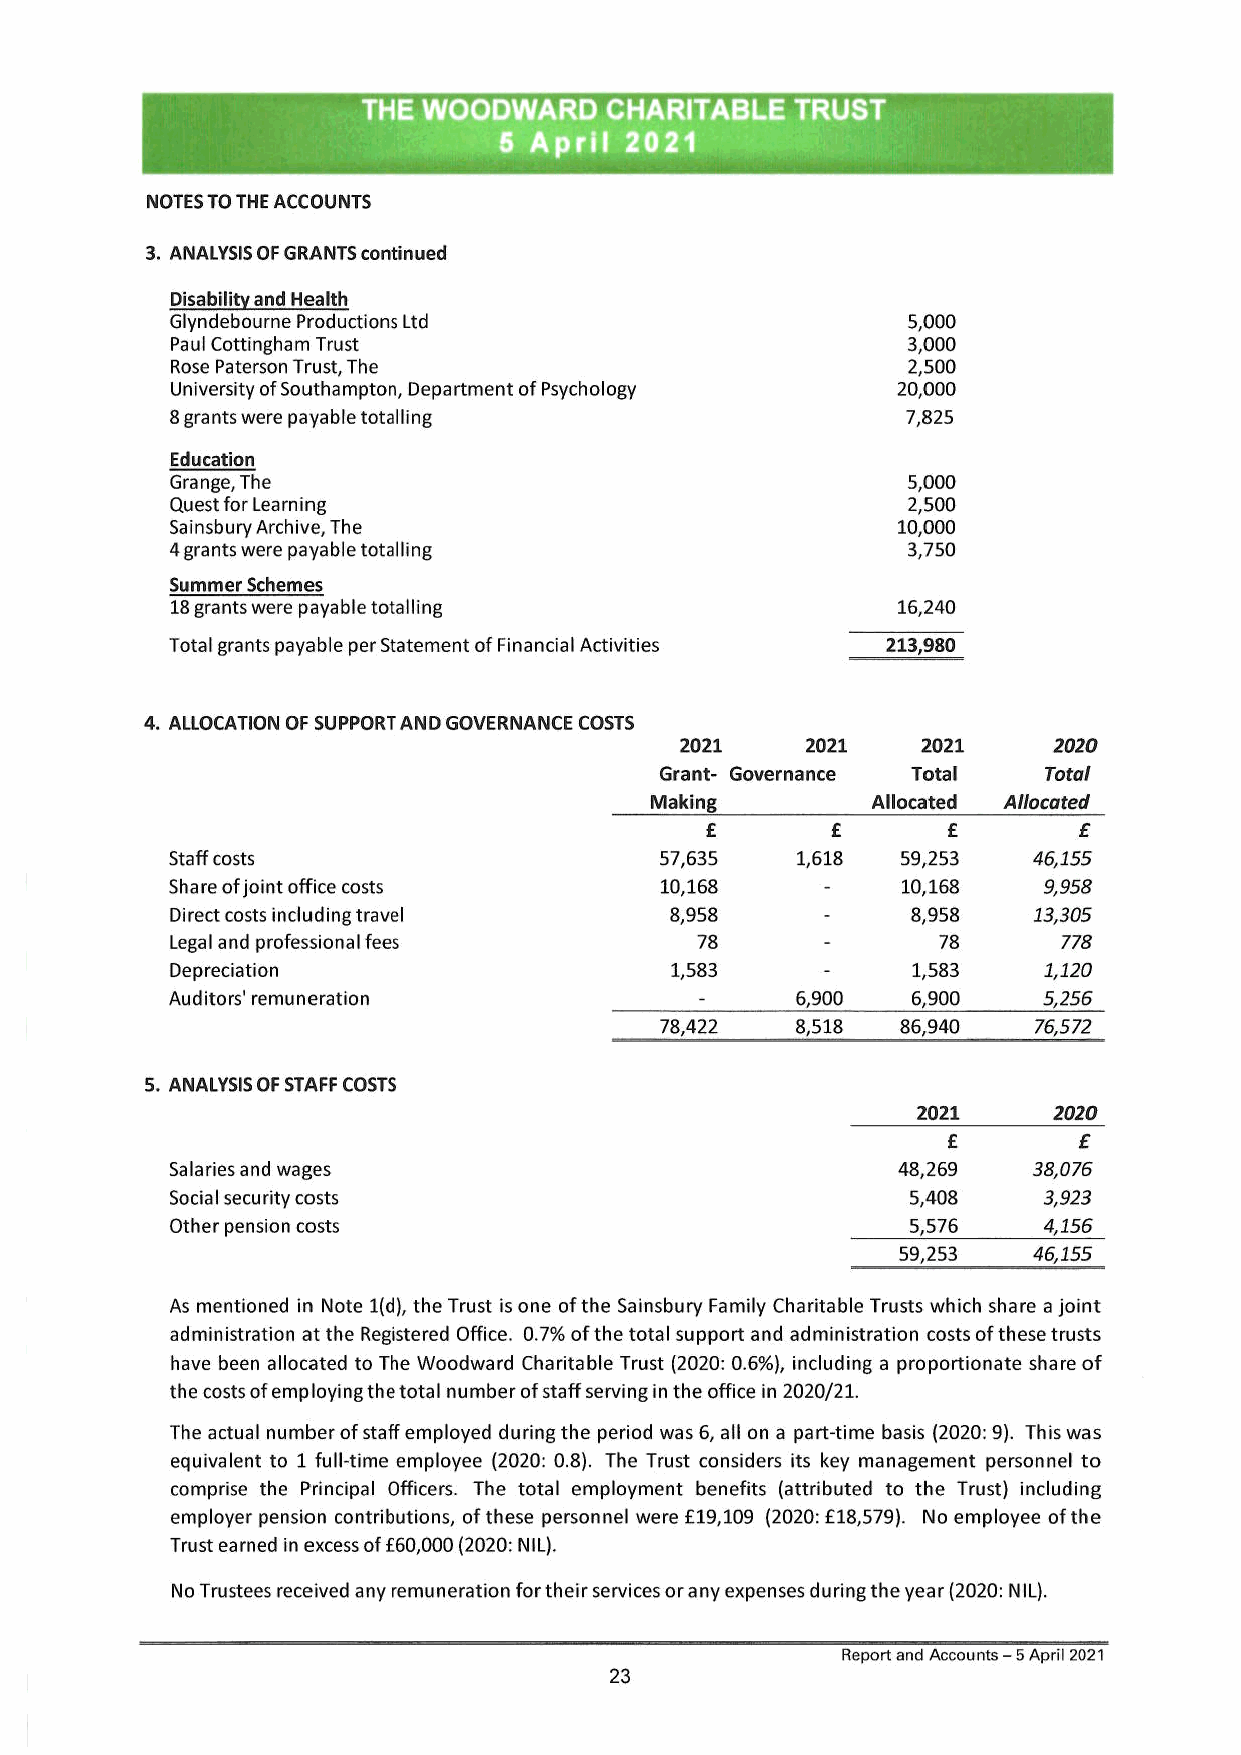
NOTES TO THE ACCOUNTS
 3. ANALYSIS OF GRANTS continued
 Disability and Health
 Glyndebou rne Productions Ltd                    5,000
 Paul Cottingham Trust                            3,000
 Rose Paterson Trust, The                         2,500
 University of Southampton, Department of Psychology 20,000
 8 grants were payable totalling                  7,825
 Education
 Grange, The                                      5,000
 Quest for Learning                               2,500
 Sainsbury Archive, The                          10,000
 4 grants were payable totalling                  3,750
 Summer Schemes
 18 grants were payable totalling                16,240
 Total grants payable per Statement of Financial Activities 213,980
 . ALLOCATION OF SUPPORT AND GOVERNANCE COSTS
 2021    2021    2021     2020
 Grant- Governance Total  Total
 Making         Allocated Allocated
 £       £       £       £
 Staff costs                      57,635   1,618  59,253  46,155
 Share of joint office costs      10,168     -    10,168   9,958
 Direct costs including travel    8,958      -    8,958   13,305
 Legal and professional fees        78       -      78      778
 Depreciation                     1,583      -    1,583    1,120
 Auditors' remuneration             -      6,900  6,900    5,256
 78,422   8,518  86,940  76,572
 5. ANALYSIS OF STAFF COSTS
 2021     2020
 £       £
 Salaries and wages                              48,269   38,076
 Social security costs                            5,408    3,923
 Other pension costs                              5,576    4,156
 59,253  46,155
 As mentioned in Note 1(d), the Trust is one of the Sainsbury Family Charitable Trusts which share a joint
 administration at the Registered Office. 0.7% of the total support and administration costs of these trusts
 have been allocated to The Woodward Charitable Trust (2020: 0.6%), including a proportionate share of
 the costs of employing the total number of staff serving in the office in 2020/21.
 The actual number of staff employed during the period was 6, all on a part-time basis (2020: 9). This was
 equivalent to 1 full-time employee (2020: 0.8). The Trust considers its key management personnel to
 comprise the Principal Officers. The total employment benefits (attributed to the Trust) including
 employer pension contributions, of these personnel were £19,109 (2020: £18,579). No employee of the
 Trust earned in excess of £60,000 (2020: NIL).
 No Trustees received any remuneration for their services or any expenses during the year (2020: NIL).
 Report and Accounts — 5 April 2021
 23